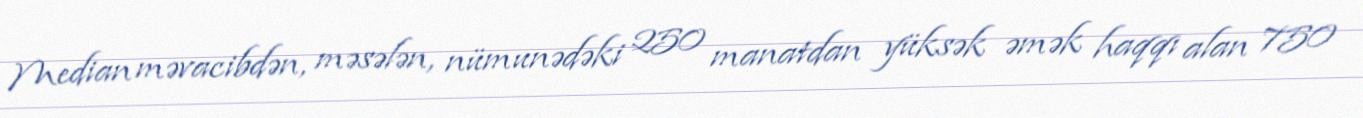
Median məvacibdən, məsələn, nümunədəki 250 manatdan yüksək əmək haqqı alan 750